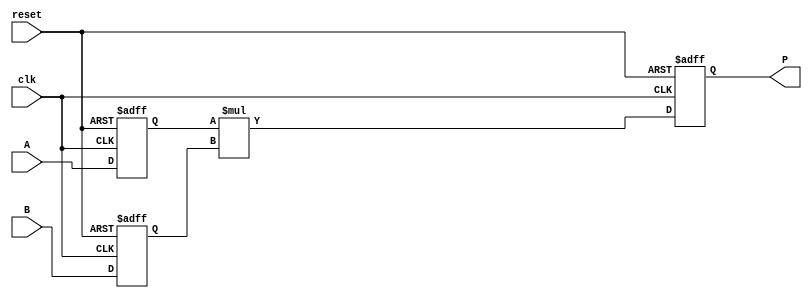
module dsp_mul_signed_reg (clk, reset, A, B, P);
	input clk, reset;
	input signed [19:0] A;
	input signed [17:0] B;
	output wire signed [37:0] P;
	reg signed [19:0] i1;
	reg signed [17:0] i2;
	wire  [37:0] mul;
	wire [63:0] sign_extend;
	reg [63:0] out;
	always @(posedge clk, posedge reset) begin
		if(reset == 1'b1) begin
			i1 <= 0;
			i2 <= 0;
		end
		else begin
			i1 <= A;
			i2 <= B;
		end
	end
	always @(posedge clk , posedge reset) begin
		if (reset ==1 )
			out <= 0;
		else
			out <= sign_extend;
	end

	assign P = out;

	assign mul  = i1 * i2;
	assign sign_extend = {{26{mul[37]}}, mul};

endmodule